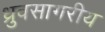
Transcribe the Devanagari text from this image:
ध्रुवसागरीय